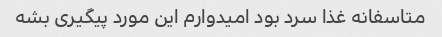
متاسفانه غذا سرد بود امیدوارم این مورد پیگیری بشه